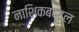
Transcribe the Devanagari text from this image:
नाशिकबद्दल